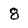
Character: 8